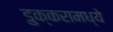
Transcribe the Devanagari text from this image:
डुक्करामध्ये